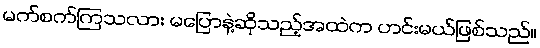
မက်စက်ကြသလား မပြောနဲ့ဆိုသည့်အထဲက ဟင်းမယ်ဖြစ်သည်။